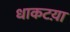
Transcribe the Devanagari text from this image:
धाकटय़ा